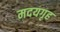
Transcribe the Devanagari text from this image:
मदयगृह